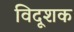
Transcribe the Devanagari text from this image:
विदूशक